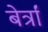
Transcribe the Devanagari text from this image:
बेर्त्रां